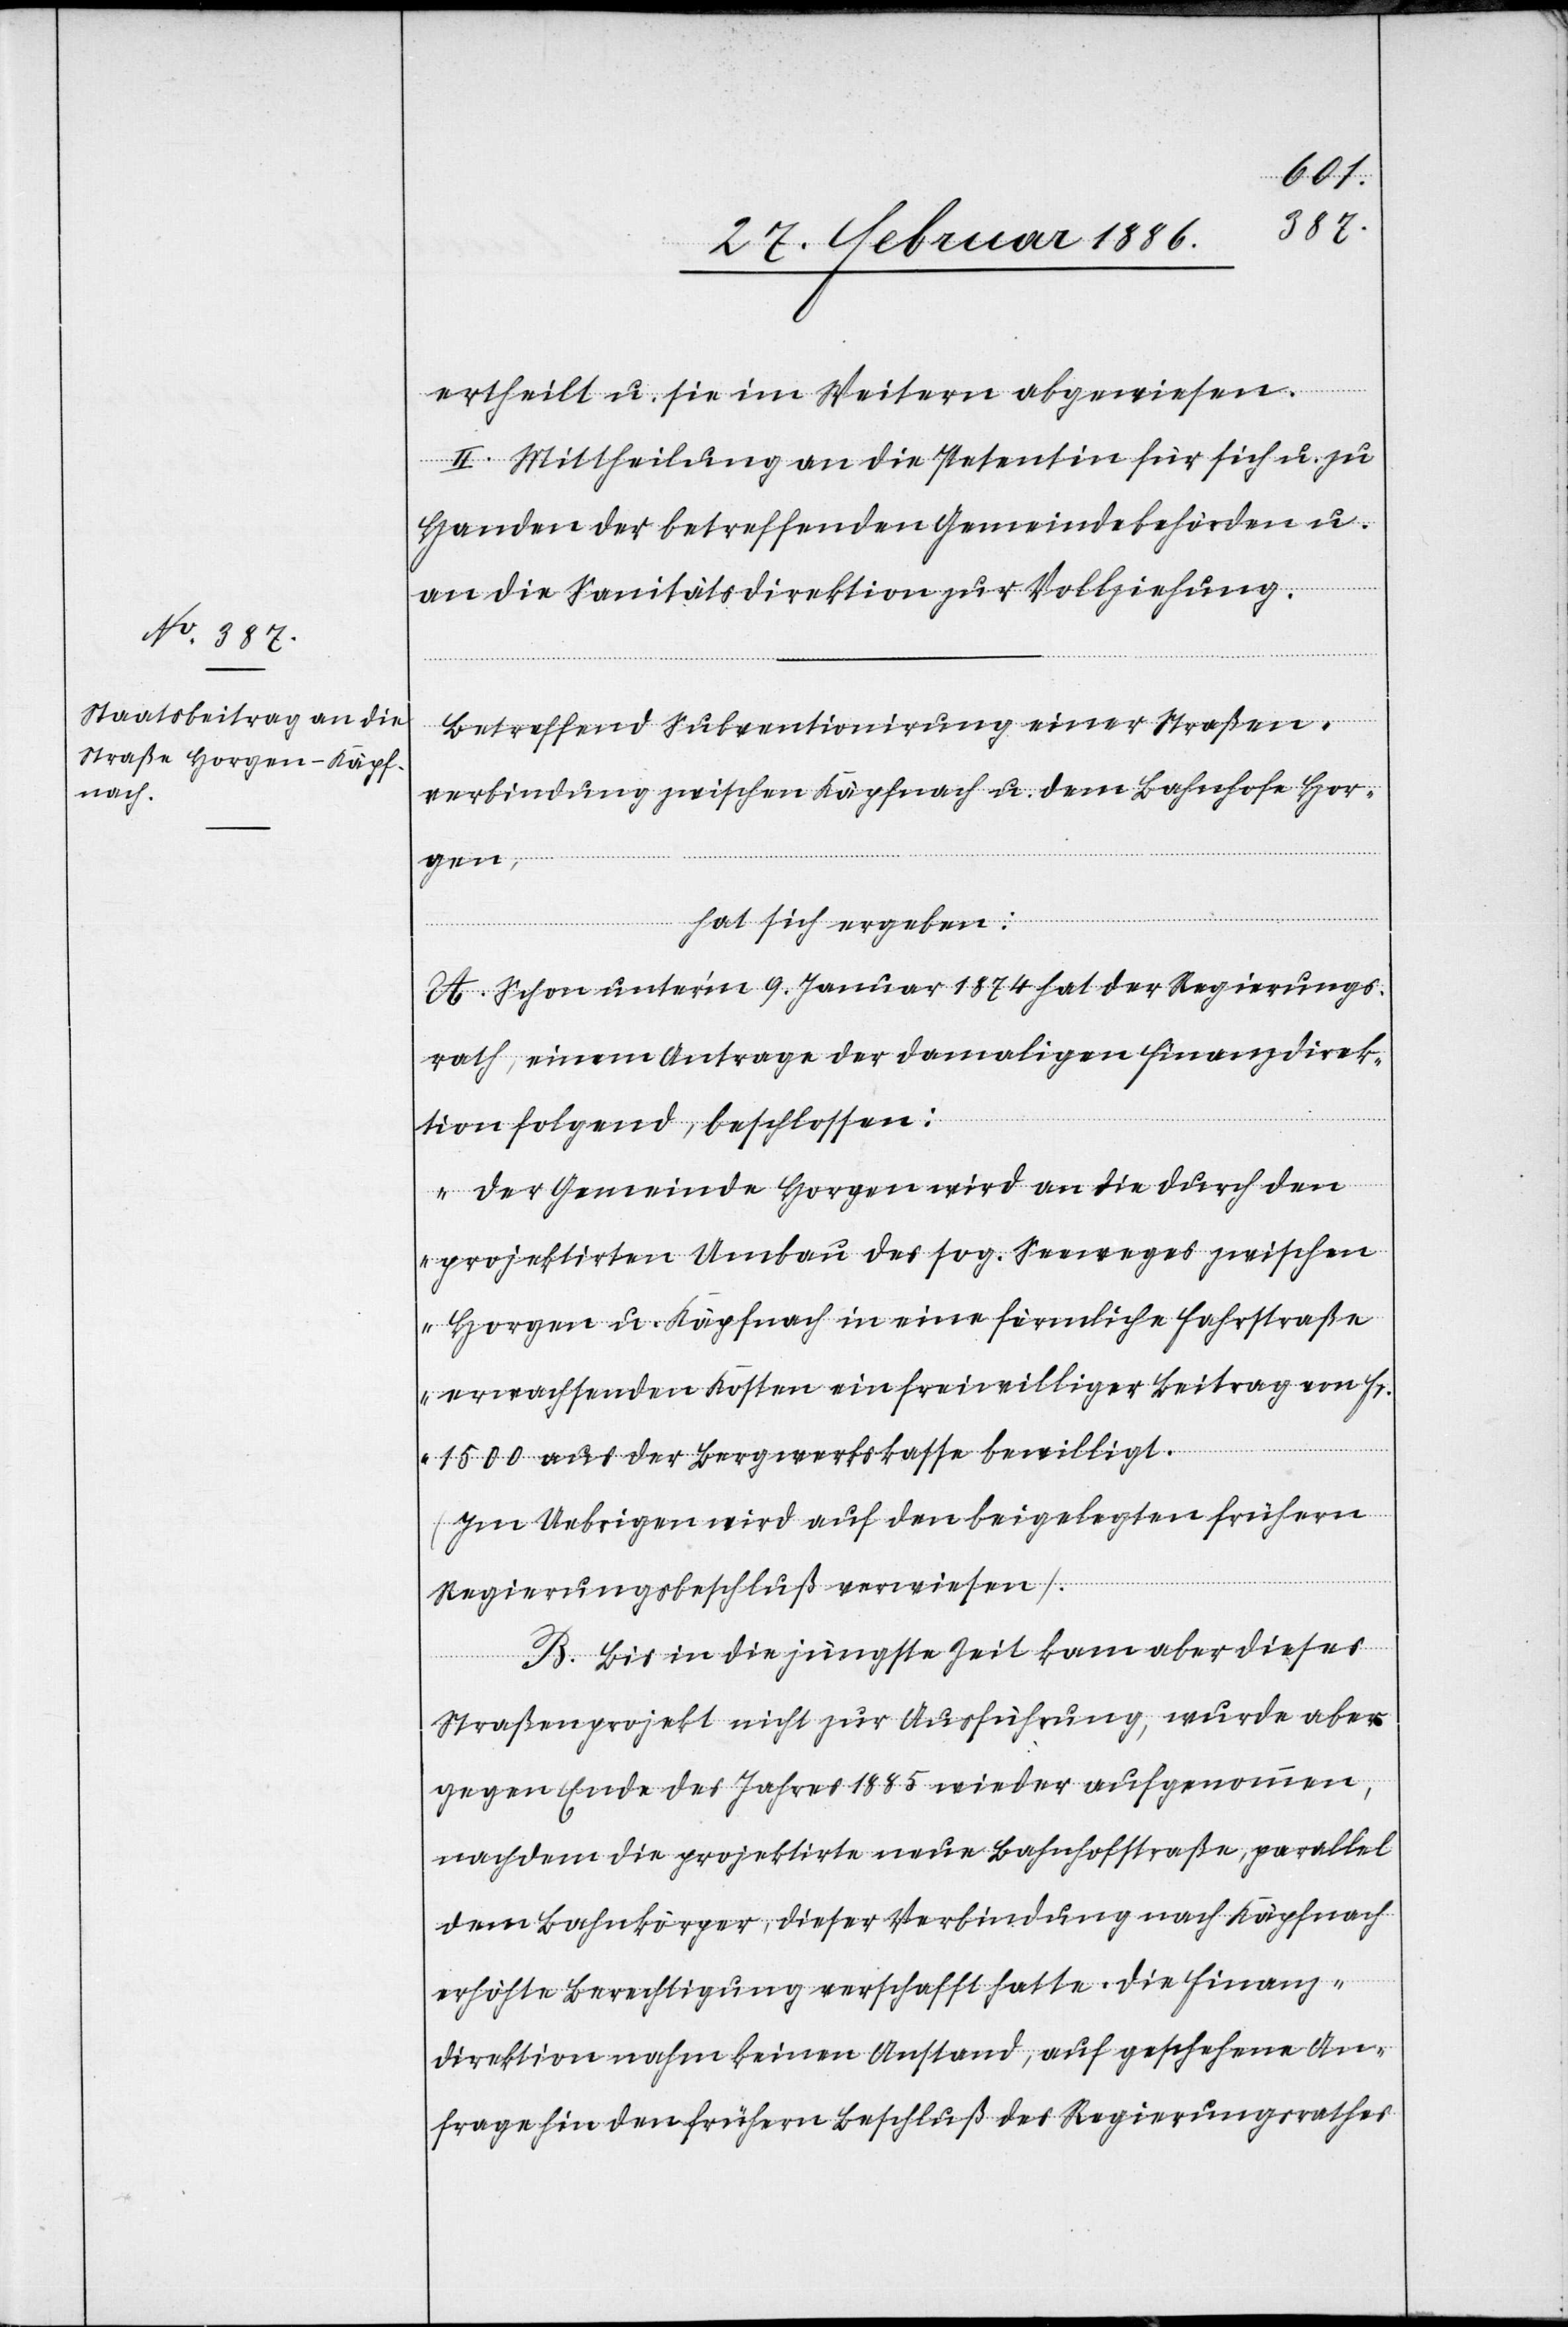
ertheilt u. sie im Weitern abgewiesen.
II. Mittheilung an die Petentin für sich u. zu
Handen der betreffenden Gemeindebehörde u.
an die Sanitätsdirektion zu Vollziehung.
Betreffend Subventionirung einer Straßen¬
verbindung zwischen Käpfnach u. dem Bahnhofe Hor¬
gen,
hat sich ergeben:
A. Schon unter’m 9. Januar 1874 hat der Regierungs¬
rath, einem Antrag der damaligen Finanzdirek¬
tion folgend, beschlossen:
„Der Gemeinde Horgen wird an die durch den
projektirten Umbau des sog. Seeweges zwischen
Horgen u. Käpfnach in eine förmliche Fahrtstraße
erwachsenden Kosten ein freiwilliger Beitrag von Fr.
1500 aus der Bergwerkskasse bewilligt.
(Im Uebrigen wird auf den beigelegten frühern
Regierungsbeschluß verwiesen).
B. Bis in die jüngste Zeit kam aber dieses
Straßenprojekt nicht zur Ausführung, wurde aber
gegen Ende des Jahres 1885 wieder aufgenommen,
nachdem die projektirte neue Bahnhofstraße, parallel
dem Bahnkörper, dieser Verbindung nach Käpfnach
erhöhte Berechtigung verschafft hatte. Die Finanz¬
direktion nahm keinen Anstand, auf geschehene An¬
frage hin den frühern Beschluß des Regierungsrathes